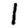
Digit: 1